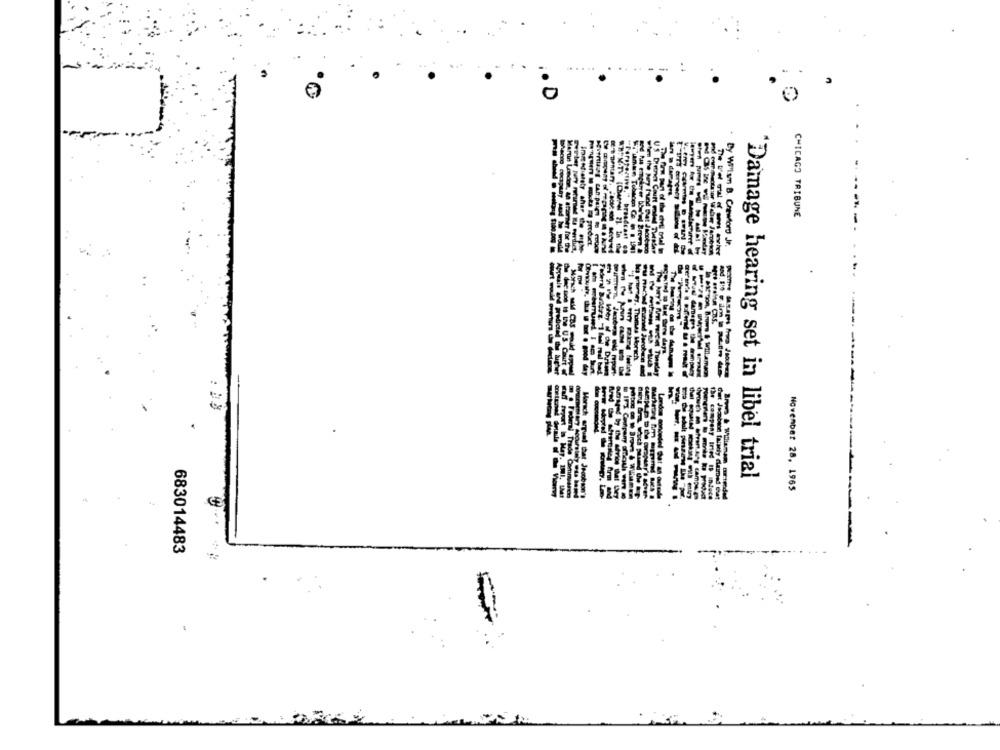
tary
CAR P
CHICAGO TRIBUNE
broadcast
by Willsm B. Crawford Jr.
---
- - - - - - vier
for me"
nach
"Damage hearing set in libel trial
November 28, 1965
683014483